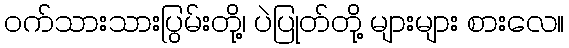
ဝက်သားသားပြွမ်းတို့၊ ပဲပြုတ်တို့ များများ စားလေ။